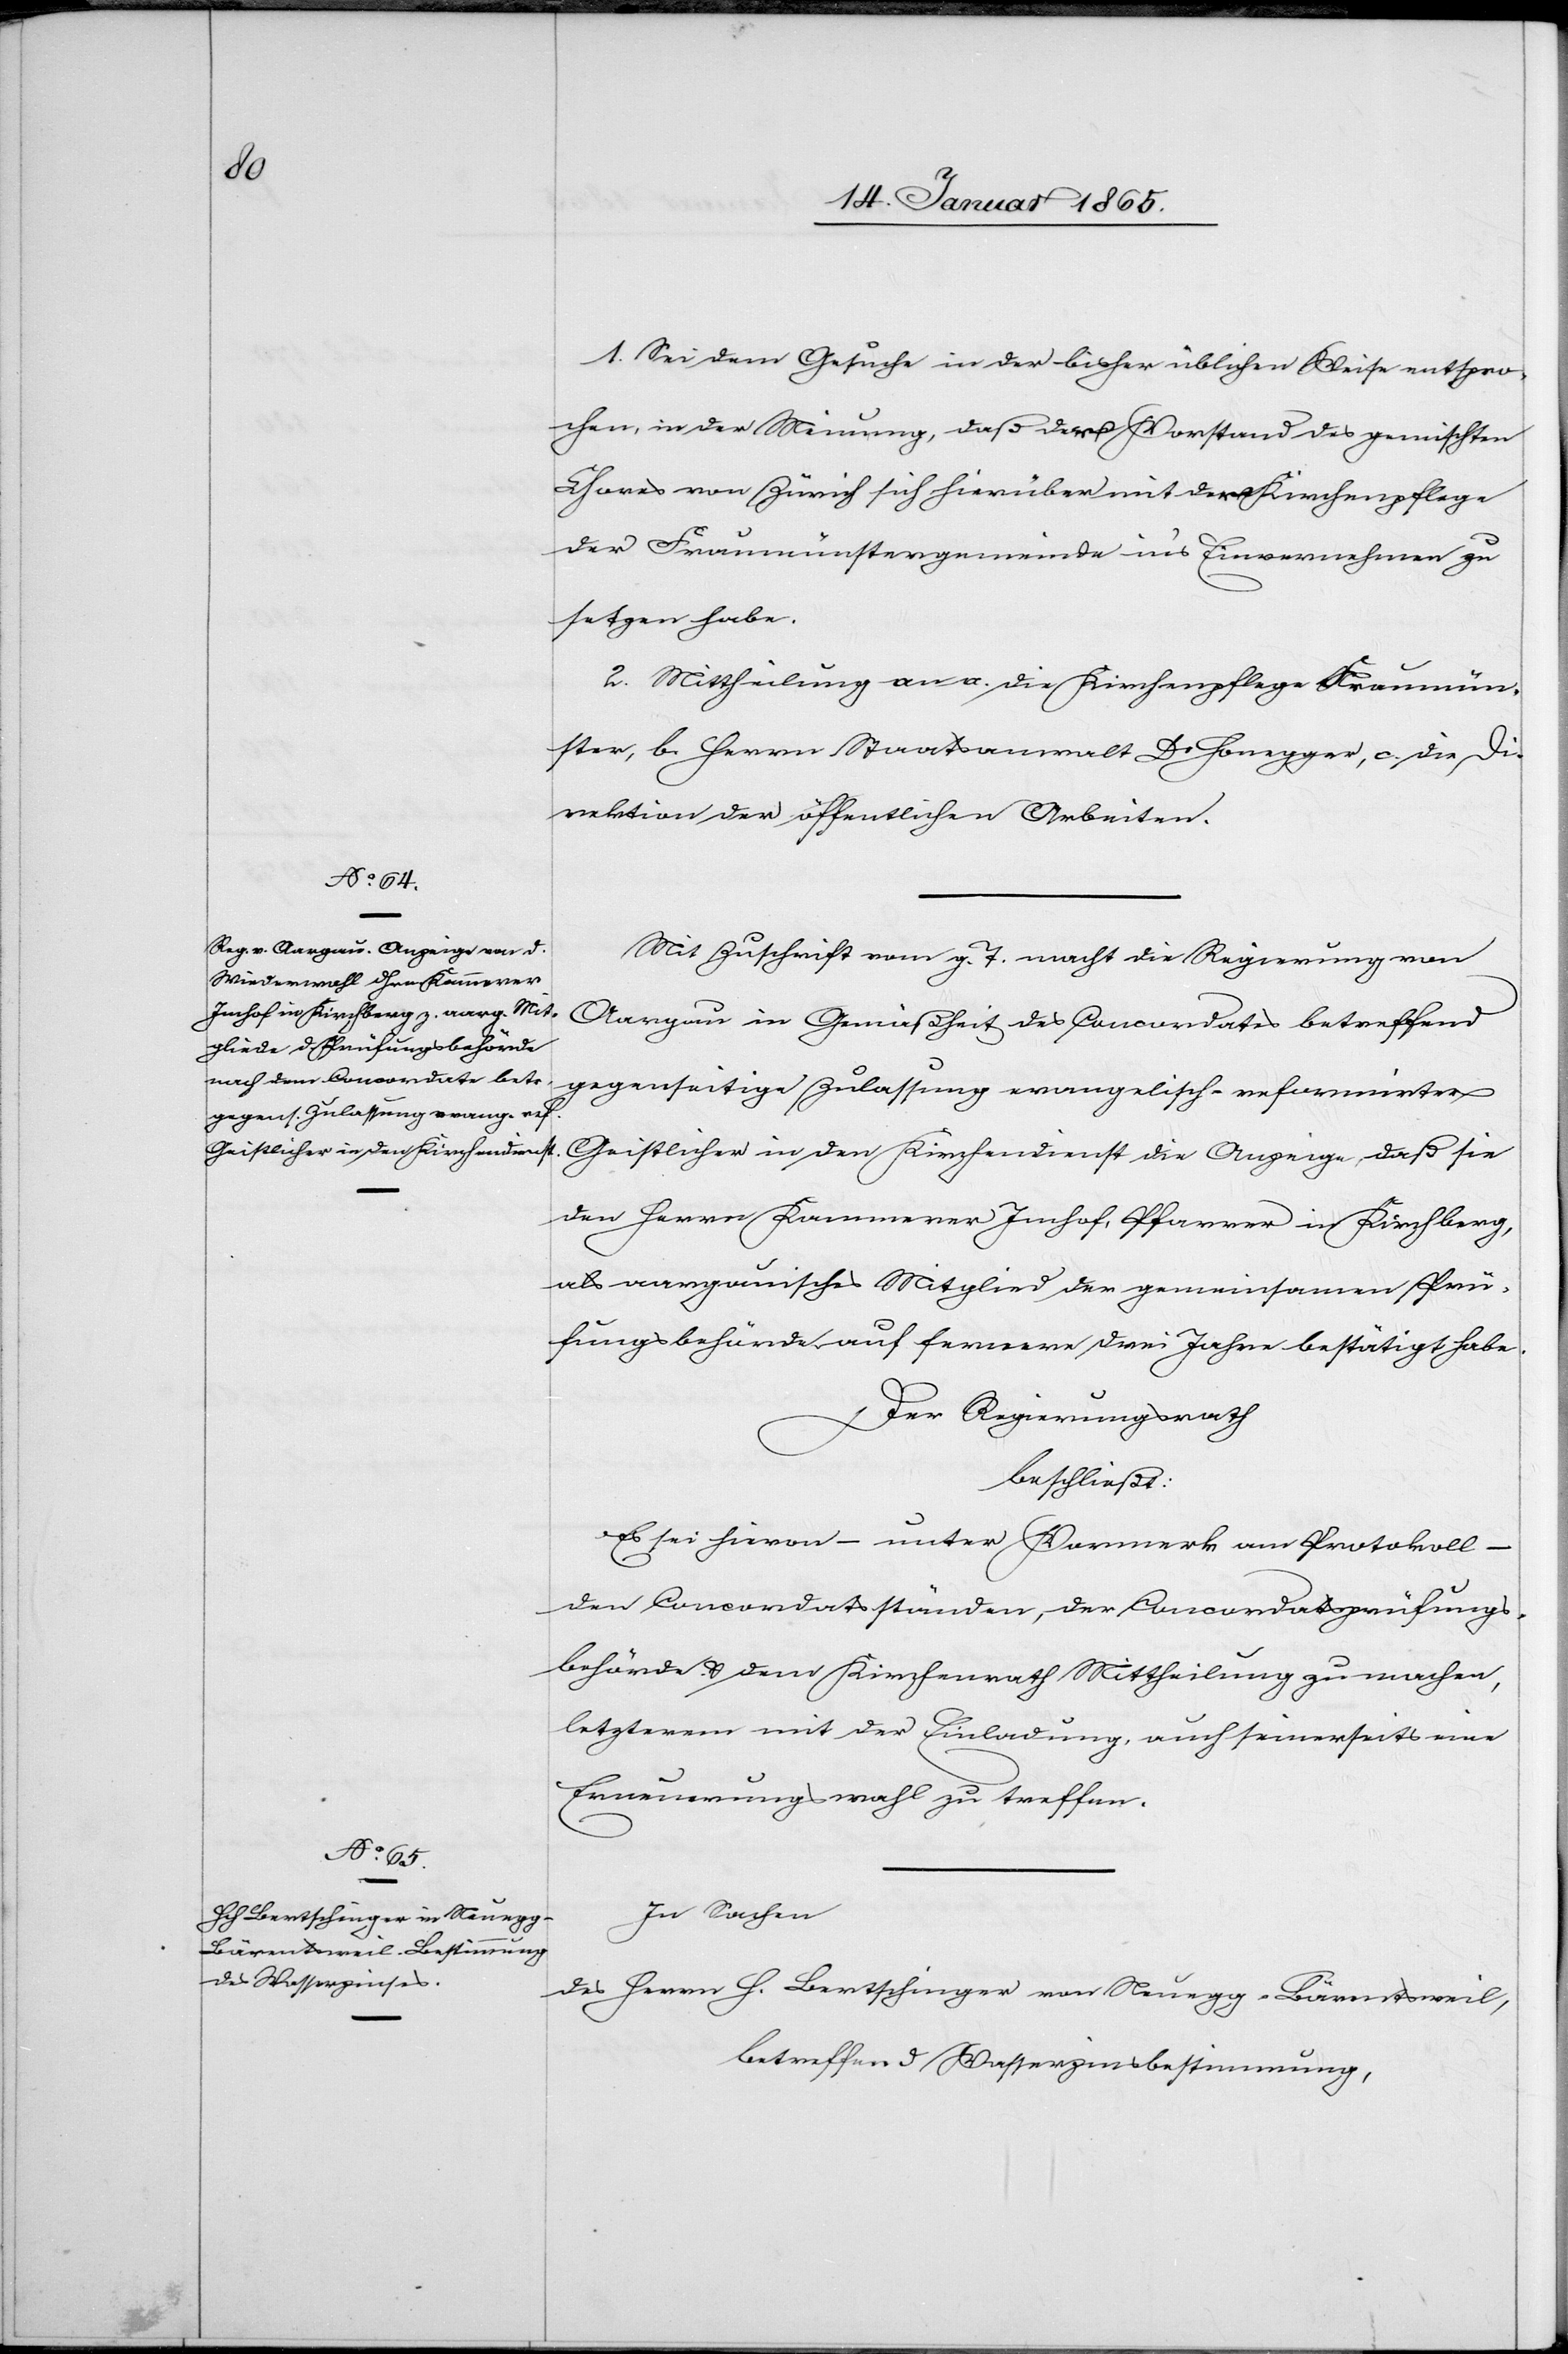
1. Sei dem Gesuche in der bisher üblichen Weise entspro¬
chen, in der Meinung, daß ders. Vorstand des gemischten
Chores von Zürich sich hierüber mit der Kirchenpflege
der Fraumünstergemeinde in’s Einvernehmen zu
setzen habe.
2. Mittheilung an a. die Kirchenpflege Fraumün¬
ster, b. Herrn Staatsanwalt Dr Honegger, c. die Di¬
rektion der öffentlichen Arbeiten.
Mit Zuschrift vom g. T. macht die Regierung von
Aargau in Gemäßheit des Concordates betreffend
Geistlicher in den Kirchendienst die Anzeige, daß sie den Herrn Kammerer Imhof, Pfarrer in Kirchberg,
als aargauisches Mitglied der gemeinsamen Prü¬
fungsbehörde auf fernere drei Jahre bestätigt habe.
Der Regierungsrath
beschließt:
Es sei hievon – unter Vormerk am Protokoll
–
den Concordatsständen, der Concordatsprüfungs¬
behörde u. dem Kirchenrath Mittheilung zu machen,
letzterem mit der Einladung, auch seinerseits eine
Erneuerungswahl zu treffen.
In Sachen
des Herrn H. Bertschinger von Neuegg-Bärentsweil,
betreffend Wasserzinsbestimmung,